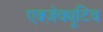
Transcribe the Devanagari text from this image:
एक्ज़ेक्यूटिव